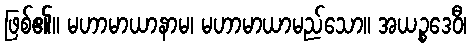
ဖြစ်၏။ မဟာမာယာနာမ၊ မဟာမာယာမည်သော။ အယဉ္စဒေဝီ၊